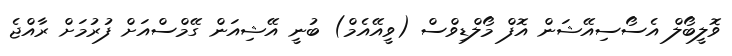
ވޮލީބޯލް އެސޯސިއޭޝަން އޮފް މޯލްޑިވްސް (ވީއޭއެމް) ބުނީ އޭޝިއަން ގޭމްސްއަށް ފުރުމަށް ރާއްޖެ